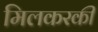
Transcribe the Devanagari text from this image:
मिलकरकी